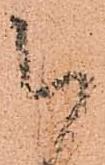
被